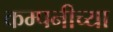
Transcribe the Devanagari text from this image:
कम्पनीच्या